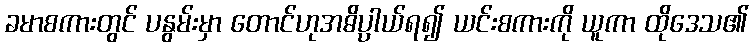
ခမာစကားတွင် ပနွမ်းမှာ တောင်ဟုအဓိပ္ပါယ်ရ၍ ယင်းစကားကို ယူကာ ထိုဒေသ၏